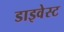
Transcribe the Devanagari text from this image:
डाइवेस्ट